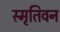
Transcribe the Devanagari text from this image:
स्मृतिवन